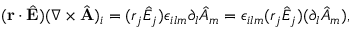
\begin{array} { r } { ( { \bf r } \cdot \hat { \bf E } ) ( \nabla \times \hat { \bf A } ) _ { i } = ( r _ { j } \hat { E } _ { j } ) \epsilon _ { i l m } \partial _ { l } \hat { A } _ { m } = \epsilon _ { i l m } ( r _ { j } \hat { E } _ { j } ) ( \partial _ { l } \hat { A } _ { m } ) , } \end{array}